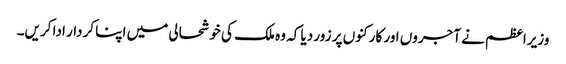
وزیراعظم نے آجروں اور کارکنوں پر زور دیا کہ وہ ملک کی خوشحالی میں اپنا کردار ادا کریں۔